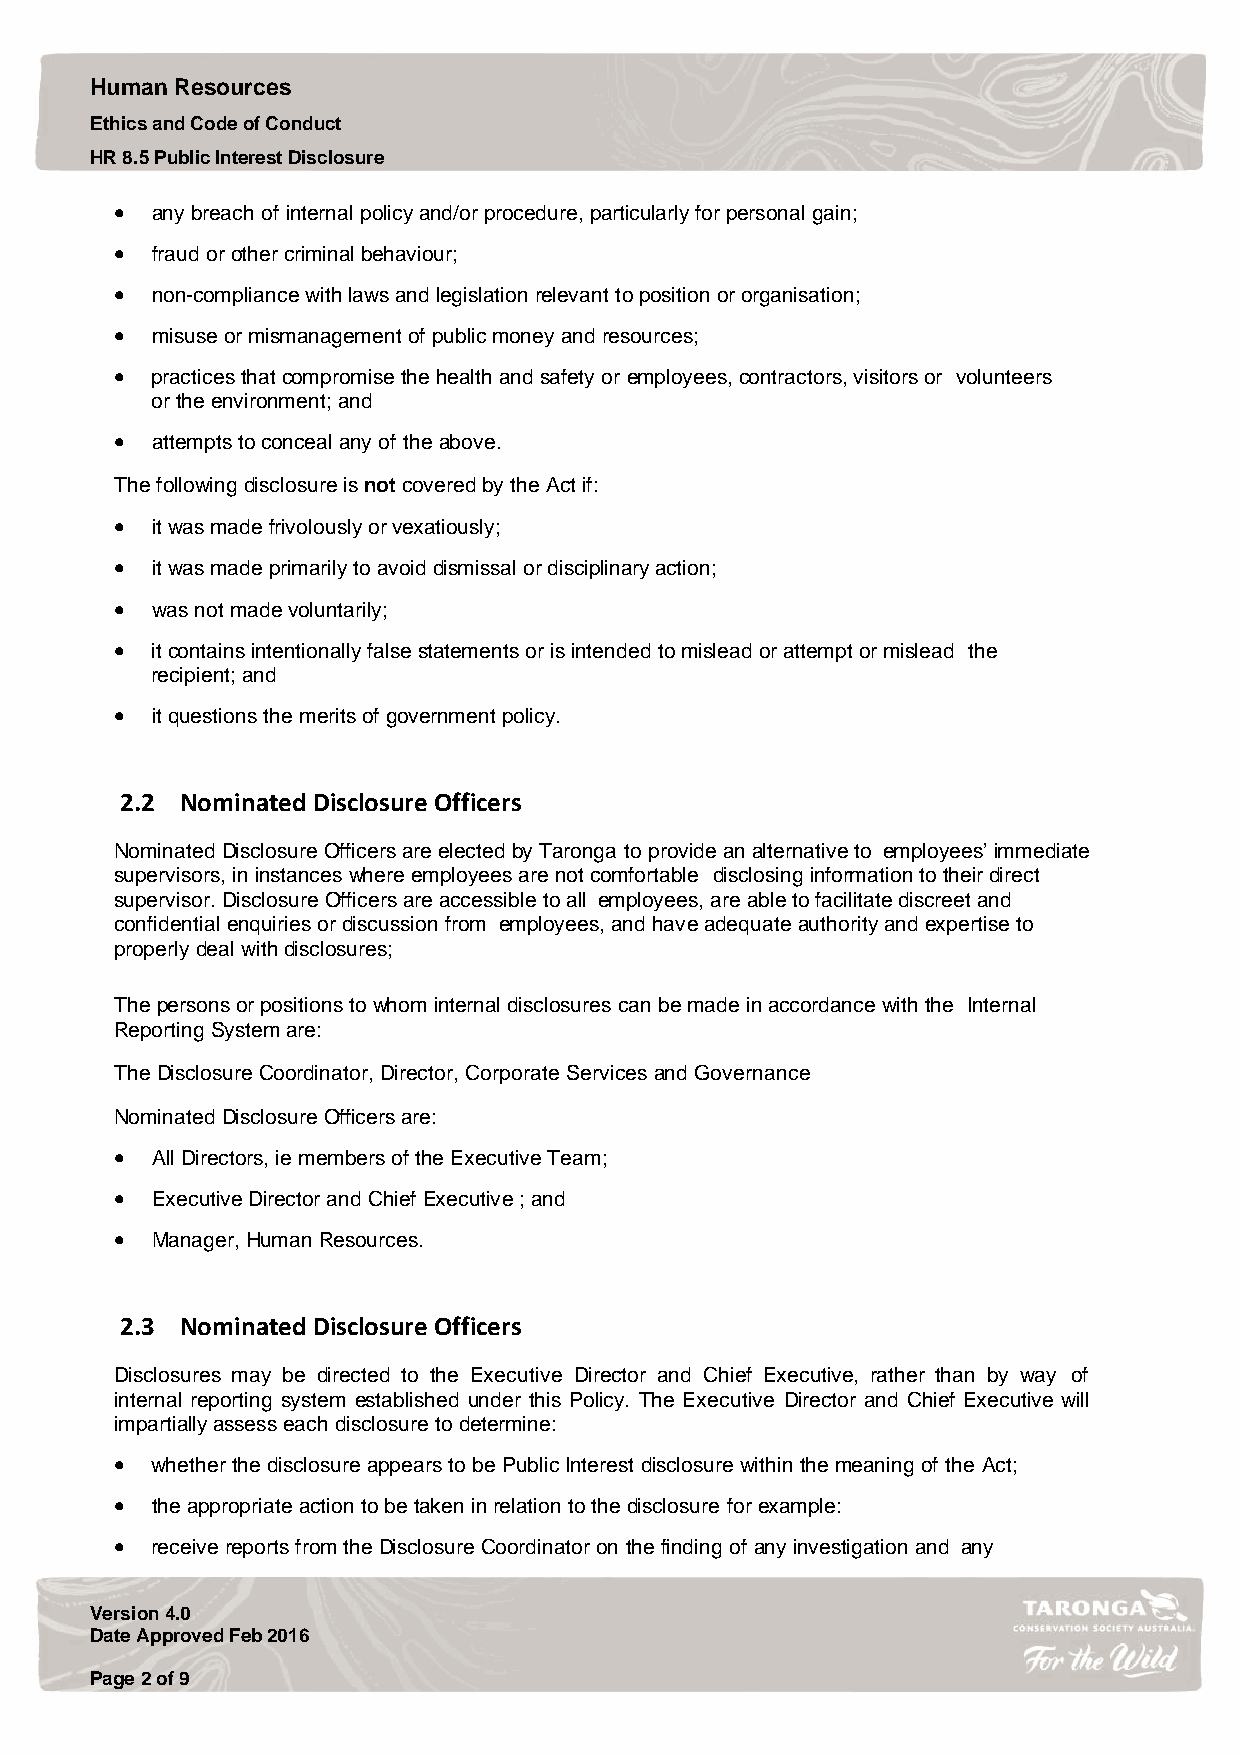
Human Resources
 Ethics and Code of Conduct
 HR 8.5 Public Interest Disclosure
  any breach of internal policy and/or procedure, particularly for personal gain;
  fraud or other criminal behaviour;
  non-compliance with laws and legislation relevant to position or organisation;
  misuse or mismanagement of public money and resources;
  practices that compromise the health and safety or employees, contractors, visitors or volunteers
 or the environment; and
  attempts to conceal any of the above.
 The following disclosure is not covered by the Act if:
  it was made frivolously or vexatiously;
  it was made primarily to avoid dismissal or disciplinary action;
  was not made voluntarily;
  it contains intentionally false statements or is intended to mislead or attempt or mislead the
 recipient; and
  it questions the merits of government policy.
 2.2 Nominated Disclosure Officers
 Nominated Disclosure Officers are elected by Taronga to provide an alternative to employees’ immediate
 supervisors, in instances where employees are not comfortable disclosing information to their direct
 supervisor. Disclosure Officers are accessible to all employees, are able to facilitate discreet and
 confidential enquiries or discussion from employees, and have adequate authority and expertise to
 properly deal with disclosures;
 The persons or positions to whom internal disclosures can be made in accordance with the Internal
 Reporting System are:
 The Disclosure Coordinator, Director, Corporate Services and Governance
 Nominated Disclosure Officers are:
  All Directors, ie members of the Executive Team;
  Executive Director and Chief Executive ; and
  Manager, Human Resources.
 2.3 Nominated Disclosure Officers
 Disclosures may be directed to the Executive Director and Chief Executive, rather than by way of
 internal reporting system established under this Policy. The Executive Director and Chief Executive will
 impartially assess each disclosure to determine:
  whether the disclosure appears to be Public Interest disclosure within the meaning of the Act;
  the appropriate action to be taken in relation to the disclosure for example:
  receive reports from the Disclosure Coordinator on the finding of any investigation and any
 Version 4.0
 Date Approved Feb 2016
 Page 2 of 9